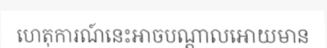
ហេតុការណ៍នេះអាចបណ្តាលអោយមាន